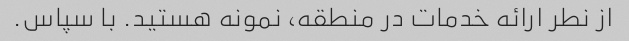
از نطر ارائه خدمات در منطقه، نمونه هستید. با سپاس.